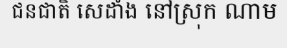
ជនជាតិ សេដាំង នៅស្រុក ណាម